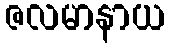
ဇလမာနာယ